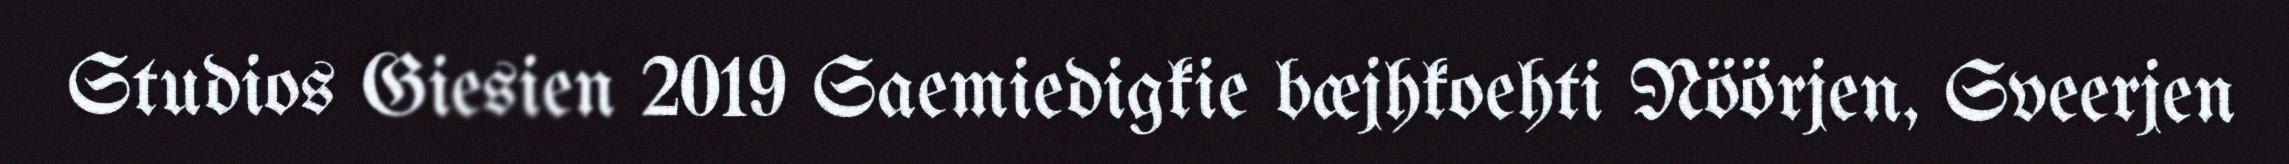
Studios Giesien 2019 Saemiedigkie bæjhkoehti Nöörjen, Sveerjen